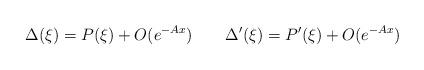
LaTeX: \begin{align*}\Delta(\xi)=P(\xi)+O(e^{-Ax})\qquad\Delta'(\xi) = P'(\xi) + O(e^{-Ax})\end{align*}